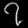
Digit: ၇